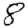
Digit: 8